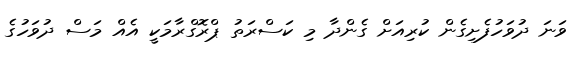
ވަނަ ދުވަހުފެށިގެން ކުރިއަށް ގެންދާ މި ކަސްރަތު ޕްރޮގްރާމަކީ އެއް މަސް ދުވަހުގެ